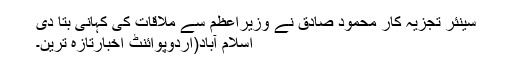
سینئر تجزیہ کار محمود صادق نے وزیراعظم سے ملاقات کی کہانی بتا دی
اسلام آباد(اُردوپوائنٹ اخبارتازہ ترین۔